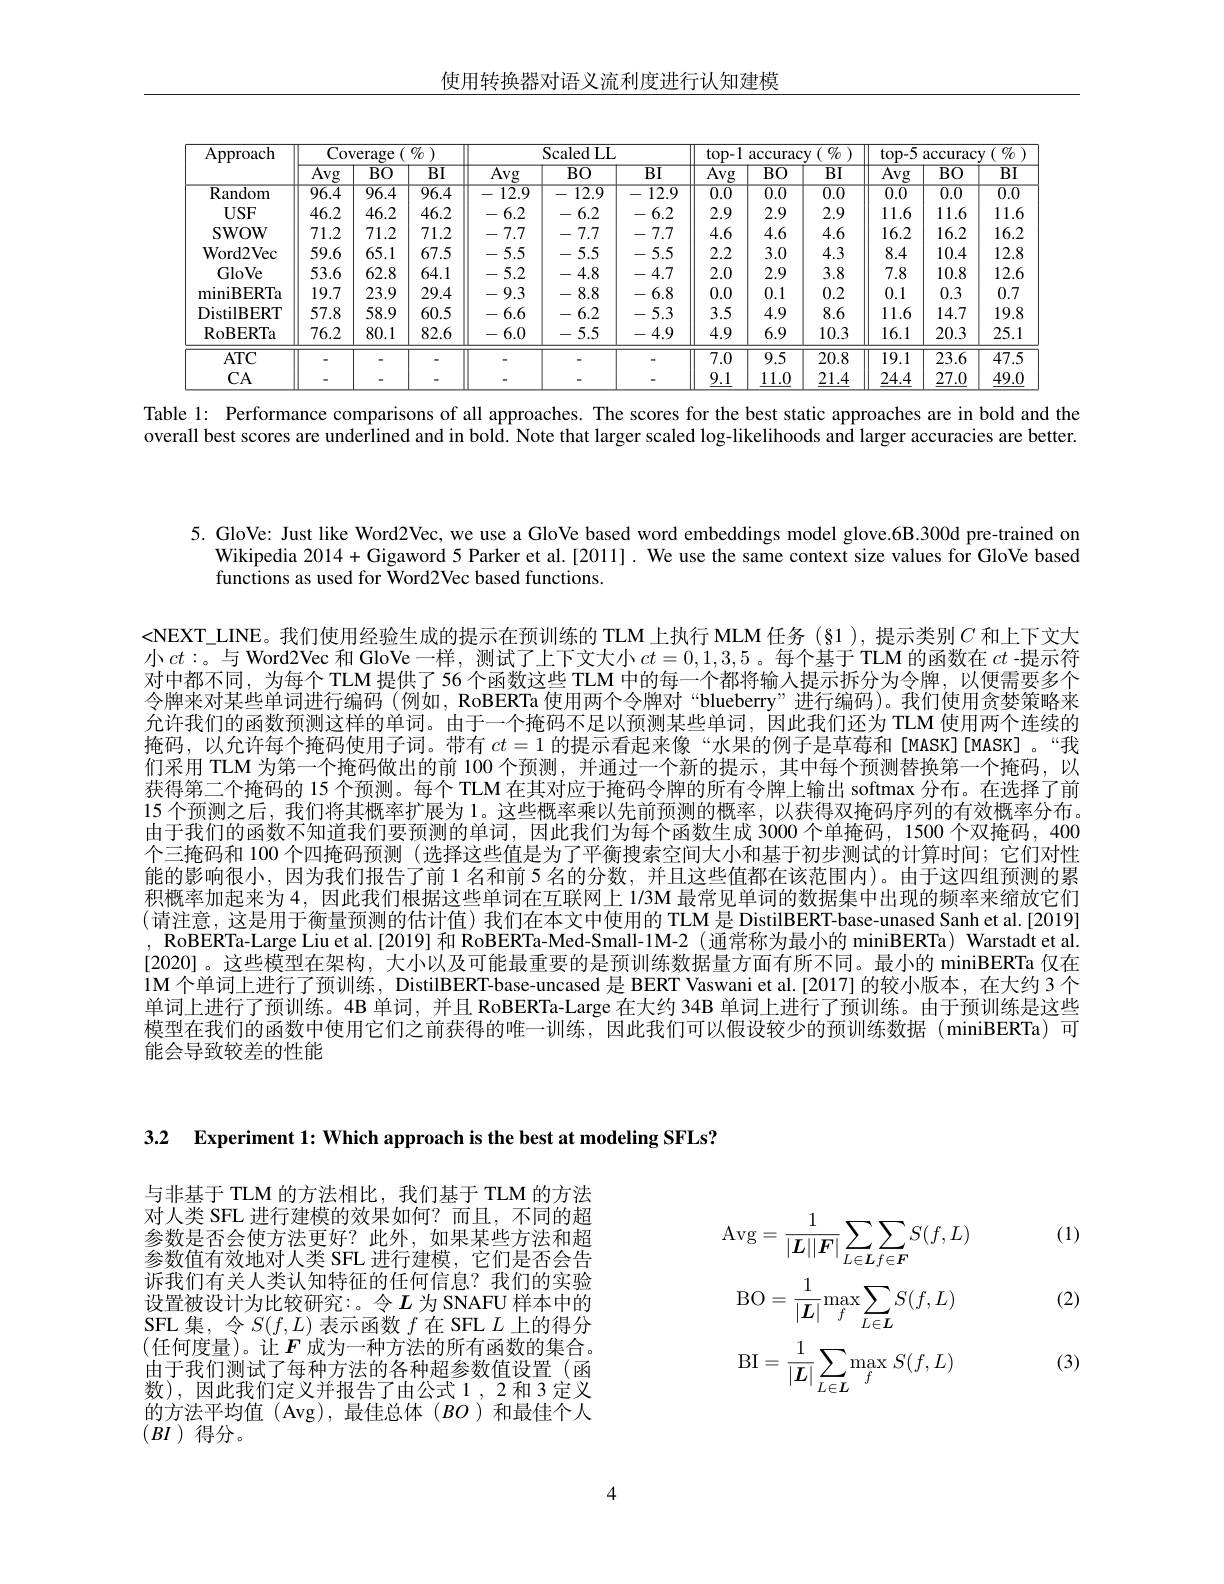
使用转换器对语义流利度进行认知建模

<table>
	<tbody>
		<tr>
			<th rowspan="2">Approach</th>
			<th colspan="3">Coverage ${\mathrm{e}}\left(\begin{array}{c}{{0/_{0}}}\end{array}\right)$</th>
			<th colspan="3">$\operatorname{ScaledLL}$</th>
			<th colspan="3">$top-1$ $\operatorname{accuracy}\left(\begin{array}{c}{{\theta_{0}}}\end{array}\right)$</th>
			<th colspan="3">top-5 $\operatorname{accuracy}\left(\begin{array}{c}{0}\\{0}\end{array}\right)$</th>
		</tr>
		<tr>
			<th>$\overline{\mathrm{Avg}}$</th>
			<th>$\overline{BO}$</th>
			<th>$\overline{\mathrm{BI}}$</th>
			<th>$\overline{\mathrm{Avg}}$</th>
			<th>$\overline{\mathrm{BO}}$</th>
			<th>$\overline{\mathrm{BI}}$</th>
			<th>$\overline{\mathrm{Avg}}$</th>
			<th>$\overline{\mathrm{BO}}$</th>
			<th>$\overline{\mathrm{BI}}$</th>
			<th>$\overline{\mathrm{Avg}}$</th>
			<th>$\overline{\mathrm{BO}}$</th>
			<th>$\overline{\mathrm{BI}}$</th>
		</tr>
		<tr>
			<td>${\overline{{\mathrm{Random}}}}$</td>
			<td>$\overline{96.4}$</td>
			<td>$\overline{96.4}$</td>
			<td>$\overline{96.4}$</td>
			<td>$\overline{12.9}$ -</td>
			<td>$\overline{12.9}$ -</td>
			<td>一 $\overline{12.9}$</td>
			<td>$\overline{0.0}$</td>
			<td>$\overline{0.0}$</td>
			<td>$\overline{0.0}$</td>
			<td>$\overline{0.0}$</td>
			<td>$\overline{0.0}$</td>
			<td>$\overline{0.0}$</td>
		</tr>
		<tr>
			<td>USF</td>
			<td>46.2</td>
			<td>46.2</td>
			<td>46.2</td>
			<td>6.2 一</td>
			<td>6.2 一</td>
			<td>6.2 一</td>
			<td>2.9</td>
			<td>2.9</td>
			<td>2.9</td>
			<td>11.6</td>
			<td>11.6</td>
			<td>11.6 </td>
		</tr>
		<tr>
			<td>SWOW</td>
			<td>71.2</td>
			<td>71.2</td>
			<td>71.2</td>
			<td>7.7 一</td>
			<td>7.7 一</td>
			<td>7.7 </td>
			<td>4.6</td>
			<td>4.6</td>
			<td>4.6</td>
			<td>16.2</td>
			<td>16.2</td>
			<td>16.2</td>
		</tr>
		<tr>
			<td>Word2Vec</td>
			<td>59.6</td>
			<td>65.1</td>
			<td>67.5</td>
			<td>5.5 一</td>
			<td>5.5 一</td>
			<td>5.5 -</td>
			<td>2.2</td>
			<td>3.0</td>
			<td>4.3</td>
			<td>8.4</td>
			<td>10.4</td>
			<td>12.8</td>
		</tr>
		<tr>
			<td>GloVe</td>
			<td>53.6</td>
			<td>62.8</td>
			<td>64.1</td>
			<td>5.2 一 . </td>
			<td>-4.8</td>
			<td>-4.7</td>
			<td>2.0</td>
			<td>2.9</td>
			<td>3.8</td>
			<td>7.8</td>
			<td>10.8</td>
			<td>12.6</td>
		</tr>
		<tr>
			<td>miniBERTa</td>
			<td>19.7</td>
			<td>23.9</td>
			<td>29.4</td>
			<td>- 9.3</td>
			<td>-8.8</td>
			<td>6.8 -</td>
			<td>0.0</td>
			<td>0.1</td>
			<td>0.2</td>
			<td>0.1</td>
			<td>0.3</td>
			<td>0.7</td>
		</tr>
		<tr>
			<td>DistilBERT</td>
			<td>57.8</td>
			<td>58.9</td>
			<td>60.5</td>
			<td>6.6 一</td>
			<td>6.2 -</td>
			<td>5.3 </td>
			<td>3.5</td>
			<td>4.9</td>
			<td>8.6</td>
			<td>11.6</td>
			<td>14.7</td>
			<td>19.8</td>
		</tr>
		<tr>
			<td>$\operatorname{RoBERTa}$</td>
			<td>76.2</td>
			<td>80.1</td>
			<td>82.6</td>
			<td>6.0 </td>
			<td>5.5 一</td>
			<td>-4.9</td>
			<td>4.9</td>
			<td>6.9</td>
			<td>10.3</td>
			<td>16.1</td>
			<td>20.3</td>
			<td>25.1</td>
		</tr>
		<tr>
			<td>$ATC$</td>
			<td> </td>
			<td> </td>
			<td> </td>
			<td> </td>
			<td> </td>
			<td> </td>
			<td>$\overline{7.0}$</td>
			<td>$\overline{9.5}$</td>
			<td>20.8</td>
			<td>$\overline{19.1}$</td>
			<td>$\overline{23.6}$</td>
			<td>$\overline{47.5}$</td>
		</tr>
		<tr>
			<td>CA</td>
			<td> </td>
			<td> </td>
			<td> </td>
			<td> </td>
			<td> </td>
			<td> </td>
			<td>9.1</td>
			<td>11.0</td>
			<td>21.4</td>
			<td>24.4</td>
			<td>27.0</td>
			<td>49.0</td>
		</tr>
	</tbody>
</table>

Table l: Performance comparisons of all approaches. The scores for the best static approaches are in bold and the overall best scores are underlined and in bold. Note that larger scaled log-likelihoods and larger accuracies are better.

5. GloVe: Just like Word2Vec, we use a GloVe based word embeddings model glove.6B.300d pre-trained on
Wikipedia 2014+Gigaword 5 Parker et al.[2011]. We use the same context size values for GloVe based
functions as used for Word2Vec based functions.

<NEXT\_LINE。我们使用经验生成的提示在预训练的 TLM 上执行 MLM 任务 (§1),提示类别$C$ 和上下文大小$ct:$。与 Word2Vec 和 GloVe一样，测试了上下文大小$ct=0,1,3,5$。每个基于TLM 的函数在 $ct$ -提示符对中都不同，为每个 TLM 提供了 56 个函数这些 TLM 中的每一个都将输入提示拆分为令牌，以便需要多个令牌来对某些单词进行编码 (例如，RoBERTa 使用两个令牌对“blueberry”进行编码)。我们使用贪婪策略来允许我们的函数预测这样的单词。由于一个掩码不足以预测某些单词，因此我们还为 TLM 使用两个连续的掩码，以允许每个掩码使用子词。带有$ct=1$的提示看起来像“水果的例子是草莓和[MASK][MASK]。“我们采用 TLM 为第一个掩码做出的前 100 个预测，并通过一个新的提示，其中每个预测替换第一个掩码，以获得第二个掩码的 15 个预测。每个 TLM 在其对应于掩码令牌的所有令牌上输出 softmax 分布。在选择了前15 个预测之后，我们将其概率扩展为 l。这些概率乘以先前预测的概率，以获得双掩码序列的有效概率分布。由于我们的函数不知道我们要预测的单词，因此我们为每个函数生成 3000 个单掩码，1500 个双掩码，400个三掩码和 100 个四掩码预测 (选择这些值是为了平衡搜索空间大小和基于初步测试的计算时间；它们对性能的影响很小，因为我们报告了前 1 名和前 5 名的分数，并且这些值都在该范围内)。由于这四组预测的累积概率加起来为 4, 因此我们根据这些单词在互联网上 1/3M 最常见单词的数据集中出现的频率来缩放它们(请注意，这是用于衡量预测的估计值)我们在本文中使用的 TLM 是 DistilBERT-base-unased Sanh et al.[2019] , RoBERTa-Large Liu et al.[2019] 和 RoBERTa-Med-Small-1M-2 (通常称为最小的 miniBERTa) Warstadt et al. [2020]。这些模型在架构，大小以及可能最重要的是预训练数据量方面有所不同。最小的 miniBERTa 仅在1M 个单词上进行了预训练，DistilBERT-base-uncased 是 BERT Vaswani et al.[2017]的较小版本，在大约3 个单词上进行了预训练。4B 单词，并且 RoBERTa-Large 在大约 34B 单词上进行了预训练。由于预训练是这些模型在我们的函数中使用它们之前获得的唯一训练，因此我们可以假设较少的预训练数据(miniBERTa)可能会导致较差的性能

3.2 Experiment 1: Which approach is the best at modeling SFLs?

与非基于 TLM 的方法相比，我们基于 TLM 的方法对人类 SFL 进行建模的效果如何？而且，不同的超参数是否会使方法更好？此外，如果某些方法和超参数值有效地对人类 SFL 进行建模，它们是否会告诉我们有关人类认知特征的任何信息？我们的实验设置被设计为比较研究：。令$L$ 为 SNAFU 样本中的SFL 集，令$S(f,L)$表示函数$f$在 SFL $L$上的得分(任何度量)。让$F$成为一种方法的所有函数的集合。由于我们测试了每种方法的各种超参数值设置(函数),因此我们定义并报告了由公式1，2和3定义的方法平均值(Avg),最佳总体($BO$)和最佳个人$(BI)$得分。
$$\mathrm{Avg}=\frac{1}{|\boldsymbol{L}||\boldsymbol{F}|}\sum_{L\in\boldsymbol{L}}\sum_{f\in\boldsymbol{F}}S(f,L)\\\mathrm{BO}=\frac{1}{|\boldsymbol{L}|}\mathrm{max}\sum_{f}S(f,L)\\\mathrm{BI}=\frac{1}{|\boldsymbol{L}|}\sum_{L\in\boldsymbol{L}}\max_{f}S(f,L)$$